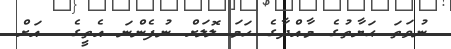
ނުވަތަ ޙަޔާތުގެ މާއްދާގެ ހަމަ ލޮލަށް ނުފެންނަ އެތީގެ  އަށް